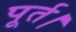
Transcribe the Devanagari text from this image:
पूर्त।